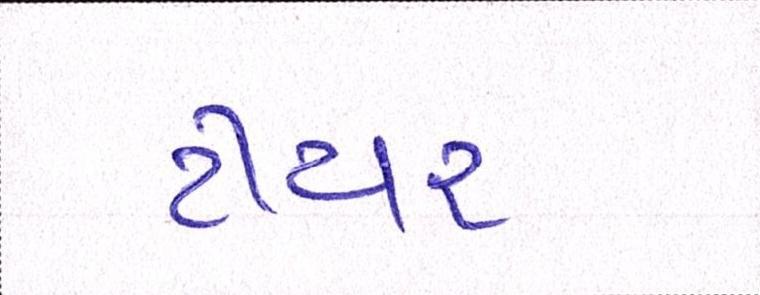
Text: ટીયર